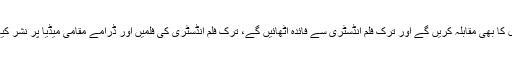
انہوں نے کہا کہ سیاست کے علاوہ میڈیا کے ذریعے ثقافتی مسائل کا بھی مقابلہ کریں گے اور ترک فلم انڈسٹری سے فائدہ اٹھائیں گے، ترک فلم انڈسٹری کی فلمیں اور ڈرامے مقامی میڈیا پر نشر کیے جائیں گے جو اسلامو فوبیا کی حوصلہ شکنی پر مبنی ہوں گے۔